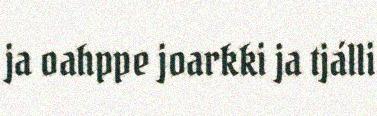
ja oahppe joarkki ja tjálli